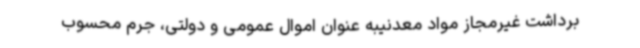
برداشت غیرمجاز مواد معدنیبه عنوان اموال عمومی و دولتی، جرم محسوب